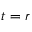
t = r